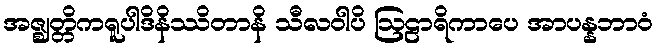
အဇ္ဈတ္တိကရူပါဒိနိဿိတာနိ သီလဝါပိ ဩဠာရိကာပေ အာပန္နဘာဝံ